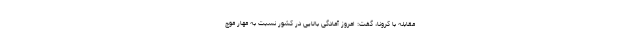
مقابله با کرونا، گفت: امروز آمادگی بالایی در کشور نسبت به مهار موج